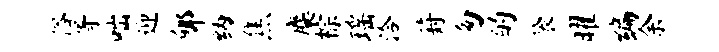
俗胥咄迎郇纳焦麋棕瑶洽葑匆的袋曜编余